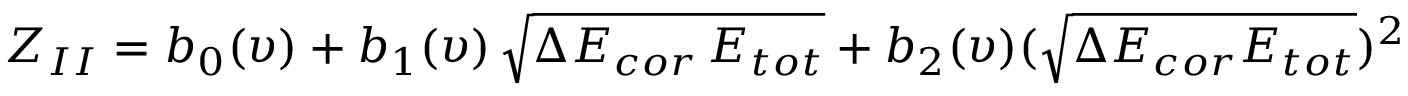
Z _ { I I } = b _ { 0 } ( \upsilon ) + b _ { 1 } ( \upsilon ) \, \sqrt { \Delta E _ { c o r } \, E _ { t o t } } + b _ { 2 } ( \upsilon ) ( \sqrt { \Delta E _ { c o r } E _ { t o t } } ) ^ { 2 }